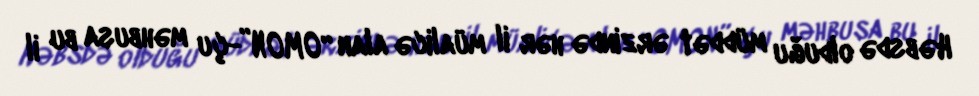
Həbsdə olduğu müddət ərzində hər il müalicə alan “OMON”-çu məhbusa bu il